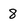
Character: 8